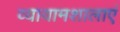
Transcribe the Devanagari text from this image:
व्यायामशालाएं